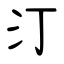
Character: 汀